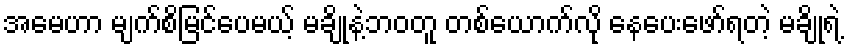
အမေဟာ မျက်စိမြင်ပေမယ့် မချိုနဲ့ဘဝတူ တစ်ယောက်လို နေပေးဖော်ရတဲ့ မချိုရဲ့